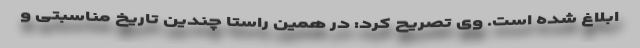
ابلاغ شده است. وی تصریح کرد: در همین راستا چندین تاریخ مناسبتی و